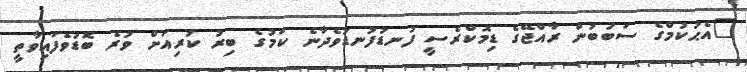
"އެޙުކުމްގެ ސަބަބުން ރާއްޖޭގެ ޑިމޮކްރެސީ ފުނޑުފުނޑުވެދާނެ ކަމުގެ ބިރު ކުރިއަށް ވުރެ ބޮޑުވެފައިވާތީ